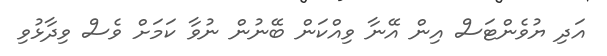
އަދި ޔުވެންޓަސް އިން އޭނާ ވިއްކަން ބޭނުން ނުވާ ކަމަށް ވެސް ވިދާޅުވި